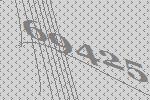
69425